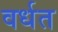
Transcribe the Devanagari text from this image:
वर्धत